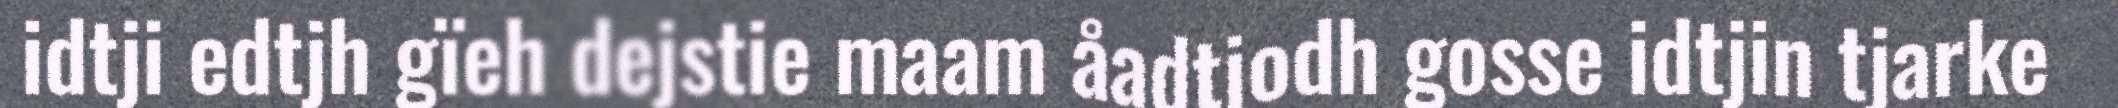
idtji edtjh gïeh dejstie maam åadtjodh gosse idtjin tjarke